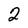
Character: 2